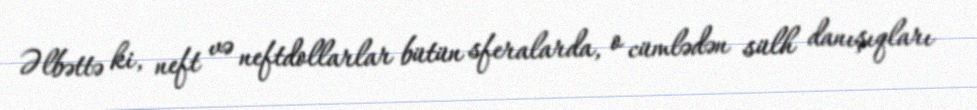
Əlbəttə ki, neft və neftdollarlar bütün sferalarda, o cümlədən sülh danışıqları